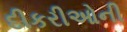
દીકરીઓની